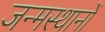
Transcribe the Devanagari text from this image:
जन्मस्थानों